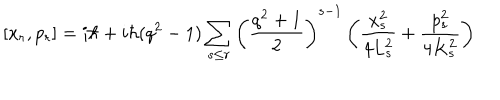
[ x _ { r } , p _ { r } ] = i \hbar + i \hbar ( q ^ { 2 } - 1 ) \sum _ { s \le r } \left( \frac { q ^ { 2 } + 1 } { 2 } \right) ^ { s - 1 } \left( \frac { x _ { s } ^ { 2 } } { 4 L _ { s } ^ { 2 } } + \frac { p _ { s } ^ { 2 } } { 4 K _ { s } ^ { 2 } } \right)